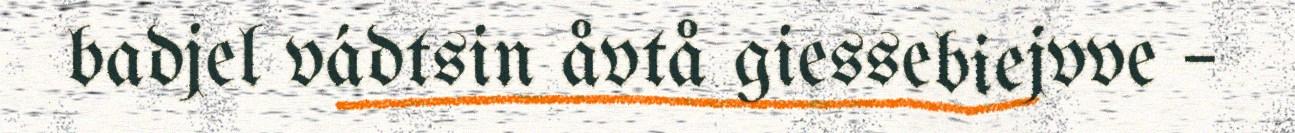
badjel vádtsin åvtå giessebiejvve –